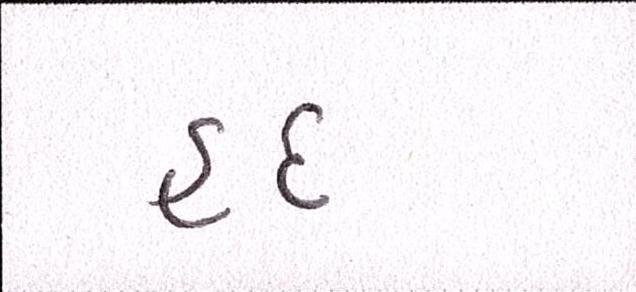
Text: હદ